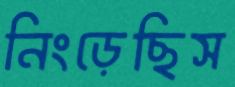
নিংড়েছিস